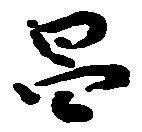
昌